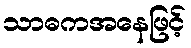
သာဓကအနေဖြင့်